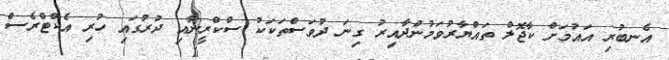
އެނބުރި އައުމަށް ކާޖޮލް ތައްޔާރުވަމުންދާއިރު ގިނަ ދުވަސްތަކަކު ސްކްރީނާއި ދުރުގައި ހުރި އެކްޓްރެސް